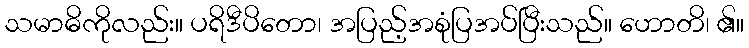
သမာဓိကိုလည်း။ ပရိဒီပိတော၊ အပြည့်အစုံပြအပ်ပြီးသည်။ ဟောတိ၊ ၏။